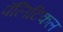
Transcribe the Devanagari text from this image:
पॅलिटिकल